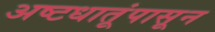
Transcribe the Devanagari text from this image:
अष्टधातूंपासून